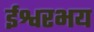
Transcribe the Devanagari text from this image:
ईश्वरभय